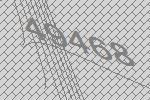
49468